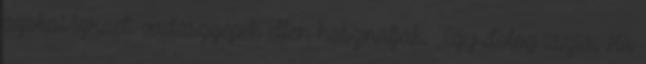
azokat izraeli vadászgépek ellen használják. ,,Egy dolog tiszta. Ha